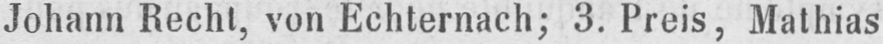
Johann Recht, von Echternach; 3. Preis, Mathias